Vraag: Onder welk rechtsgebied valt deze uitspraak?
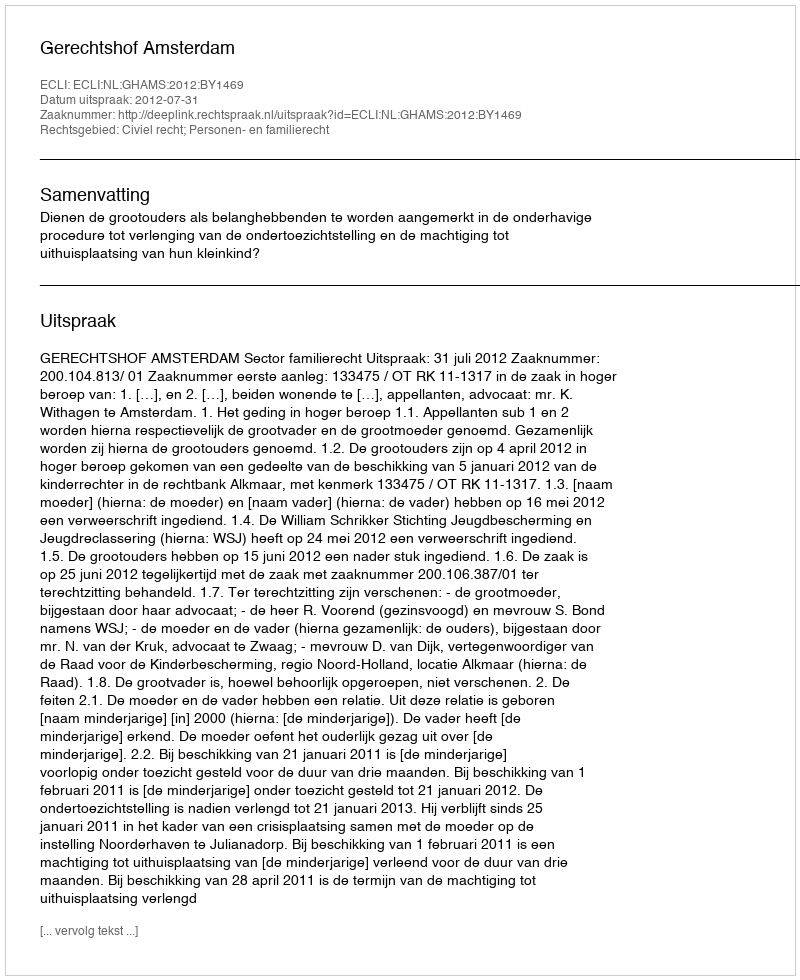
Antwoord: Civiel recht; Personen- en familierecht